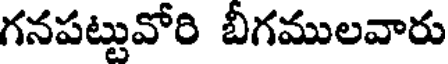
గనపట్టువోరి బీగములవారు